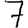
Digit: 7